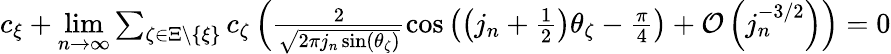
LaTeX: \begin{array}{r}{c_{\xi}+\underset{n\rightarrow\infty}{\operatorname*{lim}}\sum_{\zeta\in\Xi\setminus\lbrace\xi\rbrace}c_{\zeta}\left(\frac{2}{\sqrt{2\pi j_{n}\sin(\theta_{\zeta})}}\cos\left(\left(j_{n}+\frac 12\right)\theta_{\zeta}-\frac{\pi}{4}\right)+\mathcal{O}\left(j_{n}^{-3/2}\right)\right)=0}\end{array}